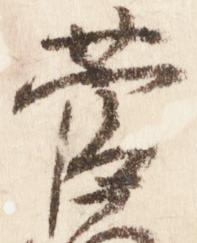
菅